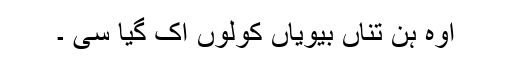
اوہ ہن تناں بیویاں کولوں اک گیا سی ۔